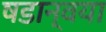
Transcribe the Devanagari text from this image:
षडान्वया